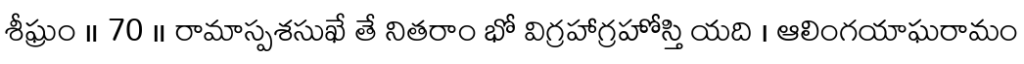
శీఘ్రం ॥ 70 ॥ రామాస్పశసుఖే తే నితరాం భో విగ్రహాగ్రహోస్తి యది । ఆలింగయాఘరామం